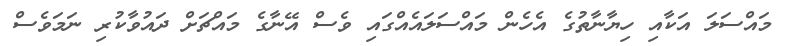
މައްސަލަ އަކާއި ހިޔާނާތުގެ އެހެން މައްސަލައެއްގައި ވެސް އޭނާގެ މައްޗަށް ދައުވާކުރި ނަމަވެސް